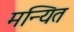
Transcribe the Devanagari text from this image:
मन्यित